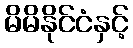
မိမိနိုင်ငံနှင့်